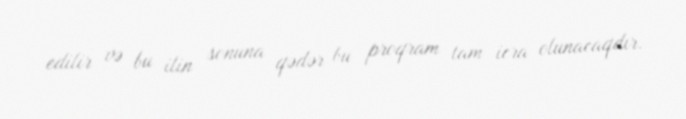
edilir və bu ilin sonuna qədər bu proqram tam icra olunacaqdır.